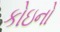
કોઇનો